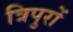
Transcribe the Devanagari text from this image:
त्रिपुरों